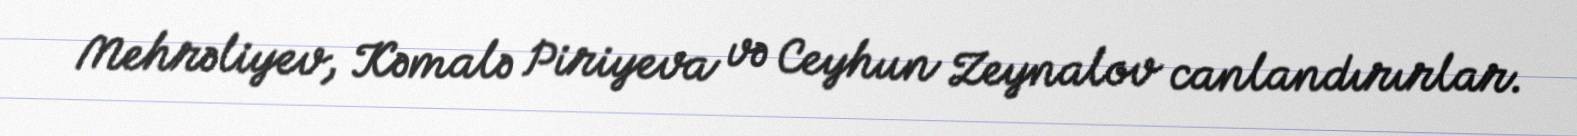
Mehrəliyev, Kəmalə Piriyeva və Ceyhun Zeynalov canlandırırlar.